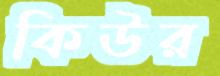
কিউর